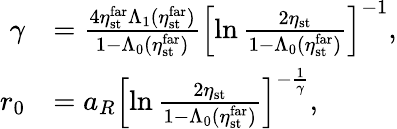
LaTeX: \begin{array}{rl}{\gamma}&{=\frac{4\eta_{\mathrm{st}}^{\mathrm{far}}\Lambda_{1}(\eta_{\mathrm{st}}^{\mathrm{far}})}{1-\Lambda_{0}(\eta_{\mathrm{st}}^{\mathrm{far}})}\left[\ln\frac{2\eta_{\mathrm{st}}}{1-\Lambda_{0}(\eta_{\mathrm{st}}^{\mathrm{far}})}\right]^{-1},}\\ {r_{0}}&{=a_{R}\left[\ln\frac{2\eta_{\mathrm{st}}}{1-\Lambda_{0}(\eta_{\mathrm{st}}^{\mathrm{far}})}\right]^{-\frac{1}{\gamma}},}\end{array}